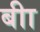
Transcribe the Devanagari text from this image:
बीा